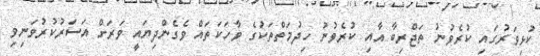
ކުޅިވަރުގައި ކުރެވުނު ތަޖްރިބާ އާއި ކުރެވުނު ހިދުމަތްތަކުގެ ވާހަކަތައް ވެގެންދިޔައީ ވަރަށް އަސަރުކުރުވަނިވި